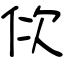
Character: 佽